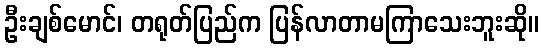
ဦးချစ်မောင်၊ တရုတ်ပြည်က ပြန်လာတာမကြာသေးဘူးဆို။